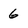
Character: 6